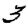
Digit: 3